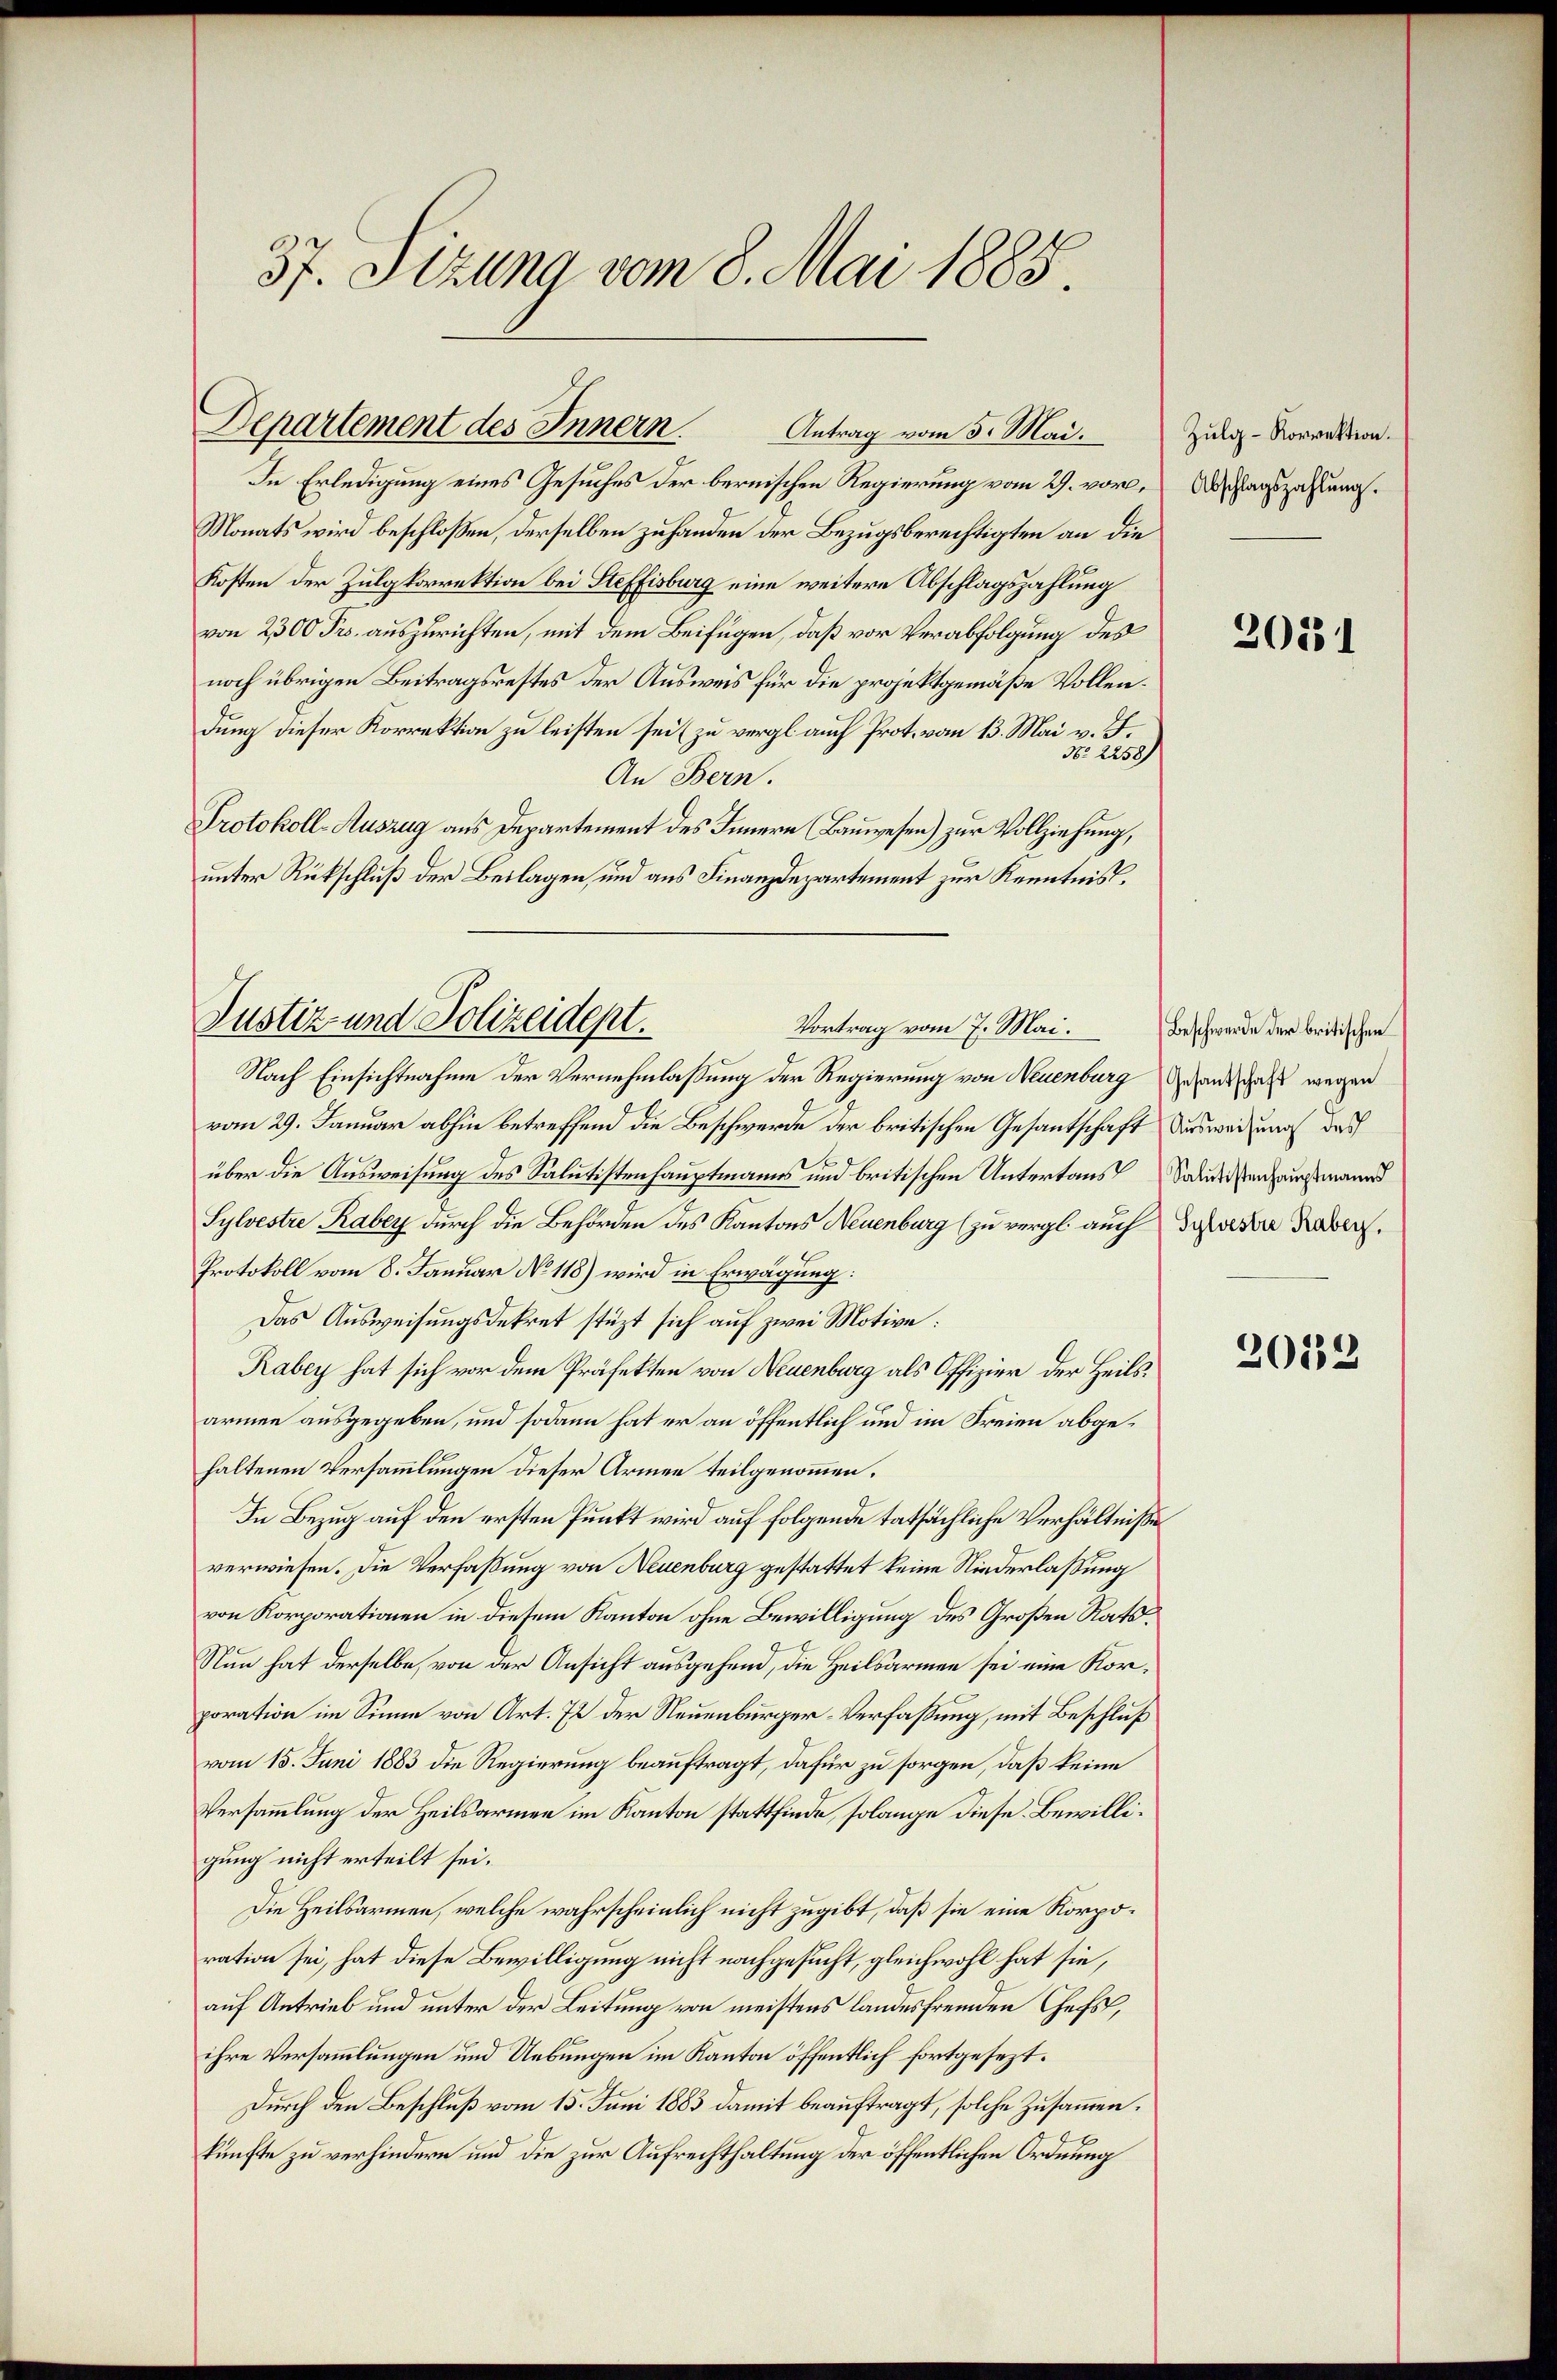
37. Sizung vom 8. Mai 1885.

Departement des Innern. Antrag vom 5. Mai.

Justiz- und Polizeidept.
Vortrag vom 7. Mai.

In Erledigung eines Gesuches der bernischen Regierung vom 29. vor. Abschlagszahlung.
Monats wird beschlossen, derselben zuhanden der Bezugsberechtigten an die
Kosten der Zulgkorrektion bei Steffisburg eine weitere Abschlagszahlung
von 2300 Frs. auszurichten, mit dem Beifügen, daß vor Verabfolgung des
noch übrigen Beitragsrestes der Ausweis für die projektgemäße Vollendung dieser Korrektion zu leisten sei zu vergl auch Prot. vom 13. Mai v. J.
No 2258)
An Bern.
Protokoll-Auszug aus Departement des Innern Bauwesen) zur Vollziehung,
unter Rückschluß der Beilagen, und aus Finanzdepartement zur Kenntnis,
Nach Einsichtnahme der Vernehmlassung der Regierung von Neuenburg sehen, daß wegen
vom 29. Januar abhin betreffend die Beschwerde der britischen Gesantschaft Ausweisung des
über die Ausweisung des Salutistenhauptmanns und britischen Untertaus
Sylvestre Rabey durch die Behörden des Kantons Neuenburg (zu vergl. auch da die Haber,
Protokoll vom 8. Januar No 118) wird in Erwägung:
Das Ausweisungsdekret stüzt sich auf zwei Motive:
Rabey hat sich vor dem Präfekten von Neuenburg als Offizier der Heils
armen ausgegeben, und sodann hat er an öffentlich und im Freien abgehaltenen Versammlungen dieser Armen teilgenommen.
In Bezug auf den ersten Punkt wird auf folgende tatsächliche Verhältniße
verwiesen. Die Verfaßung von Neuenburg gestattet keine Niederlassung
von Korporationen in diesem Kanton ohne Bewilligung des Großen Rats¬
Nun hat derselbe, von der Ansicht ausgehend, die Heilsarmen sei eine Korporation im Sinne von Art. 72 der Neuenburger-Verfassung, mit Beschluß
vom 15. Juni 1883 die Regierung beauftragt, dafür zu sorgen, daß keine
Versammlung der Heilsarmen im Kanton stattfinde, solange diese Bewilligung nicht erteilt sei.
Die Heilsarmen, welche wahrscheinlich nicht zugibt, daß sie eine Korporation sei, hat diese Bewilligung nicht nachgesucht, gleichwohl hat sie,
auf Antrieb und unter der Leitung von meistens landesfremden Chefs,
ihre Versammlungen und Uebungen im Kanton öffentlich fortgesezt.
Durch den Beschluß vom 15. Juni 1883 damit beauftragt, solche Zusammen.
künfte zu verhindern und die zur Aufrechthaltung der öffentlichen Ordnung

Zulg-Korrektion.

2031

Beschwerde der britischen
Salutistenhauptmanns

2052